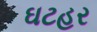
ઘટહર